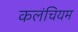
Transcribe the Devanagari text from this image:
कलंचियम